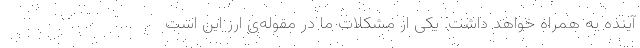
آینده به همراه خواهد داشت. یکی از مشکلات ما در مقوله‌ی ارز این است